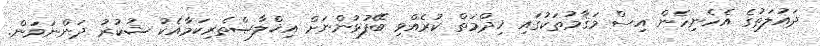
ދައުލަތުގެ އެހެނިހެން އިސް މަޤާމުތަކުގައި ޚިދްމަތް ކުރެއްވި ބޭފުޅުންނަށް އިޚްލާޞްތެރިކަމާއެކު ޝުކުރު ދަންނަވަން.